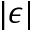
| \epsilon |